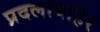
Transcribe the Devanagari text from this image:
प्रदलाबाहेर